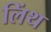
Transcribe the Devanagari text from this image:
लिंथ